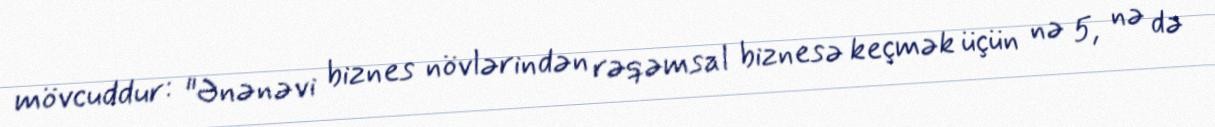
mövcuddur: "Ənənəvi biznes növlərindən rəqəmsal biznesə keçmək üçün nə 5, nə də